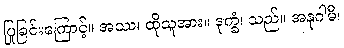
ပြုခြင်းကြောင့်။ အဿ၊ ထိုသူအား။ ဒုက္ခံ၊ သည်။ အနုဂါမီ၊